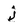
Character: j